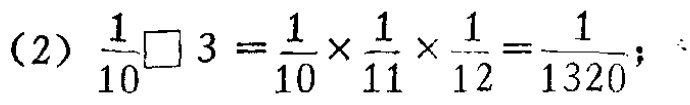
(2) \(\frac{1}{10}\square 3=\frac{1}{10}\times\frac{1}{11}\times\frac{1}{12}=\frac{1}{1320}\);